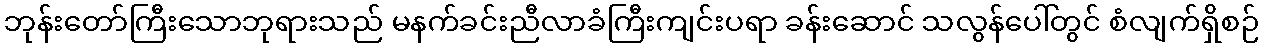
ဘုန်းတော်ကြီးသောဘုရားသည် မနက်ခင်းညီလာခံကြီးကျင်းပရာ ခန်းဆောင် သလွန်ပေါ်တွင် စံလျက်ရှိစဉ်